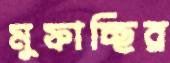
মুফাচ্ছির